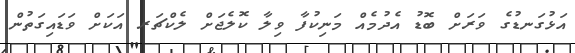
އަޅުގަނޑުގެ ވަރަށް ބޮޑު އެދުމެއް މަނިކުފާ ވިލާ ކޮލެޖަށް ލެކްޗަރ އަކަށް ވަޑައިގަތުން